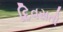
દિવસતો